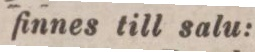
finnes till salu: